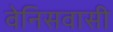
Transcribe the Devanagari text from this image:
वेनिसवासी